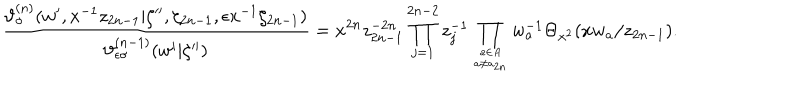
LaTeX: \displaystyle \frac { \vartheta _ { \sigma } ^ { ( n ) } ( w ^ { \prime } , x ^ { - 1 } z _ { 2 n - 1 } | \zeta ^ { \prime \prime } , \zeta _ { 2 n - 1 } , \epsilon x ^ { - 1 } \zeta _ { 2 n - 1 } ) } { \vartheta _ { \epsilon \sigma } ^ { ( n - 1 ) } ( w ^ { \prime } | \zeta ^ { \prime \prime } ) } = \displaystyle x ^ { 2 n } z _ { 2 n - 1 } ^ { - 2 n } \prod _ { j = 1 } ^ { 2 n - 2 } z _ { j } ^ { - 1 } \prod _ { a \in A \atop a \neq a _ { 2 n } } w _ { a } ^ { - 1 } \Theta _ { x ^ { 2 } } ( x w _ { a } / z _ { 2 n - 1 } ) .